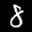
Label: 8